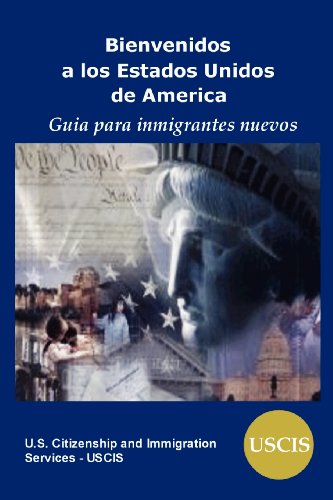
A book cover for Bienvenidos a los Estados Unidos de AmÃ©rica: Guia Para Inmigrantes Nuevos (Spanish Edition); U.S. Citizenship & Immigration Services; Test Preparation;